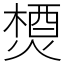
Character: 𤍕